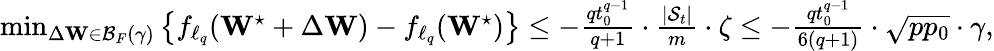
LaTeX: \begin{array}{r}{\operatorname*{min}_{\Delta\mathbf{W}\in\mathcal{B}_{F}(\gamma)}\left\{ f_{\ell_{q}}(\mathbf{W}^{\star}+\Delta\mathbf{W})-f_{\ell_{q}}(\mathbf{W}^{\star})\right\} \leq-\frac{qt_{0}^{q-1}}{q+1}\cdot\frac{|\mathcal{S}_{t}|}{m}\cdot\zeta\leq-\frac{qt_{0}^{q-1}}{6(q+1)}\cdot\sqrt{pp_{0}}\cdot\gamma,}\end{array}